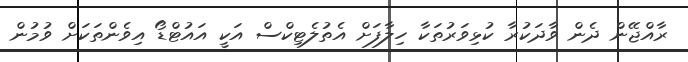
ރާއްޖޭން ދެން ވާދަކުރާ ކުޅިވަރުތަކާ ހިލާފަށް އެތުލެޓިކްސް އަކީ އައުޓްޑޯ އިވެންތަކަށް ވުމުން